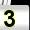
Digit: 3